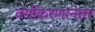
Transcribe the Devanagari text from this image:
वर्गीकरणानंतर